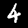
Digit: 4